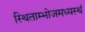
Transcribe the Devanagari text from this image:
स्थिताम्भोजमध्यस्थं